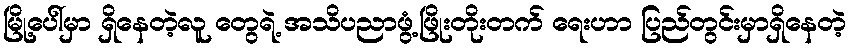
မြို့ပေါ်မှာ ရှိနေတဲ့လူ တွေရဲ့ အသိပညာဖွံ့ဖြိုးတိုးတက် ရေးဟာ ပြည်တွင်းမှာရှိနေတဲ့